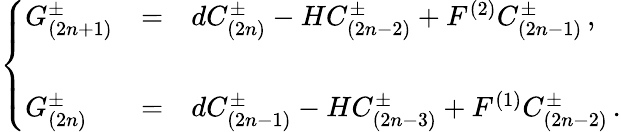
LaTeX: \left\{ \begin{array}{lcl}{{G_{(2n+1)}^{\pm}}}&{{=}}&{{dC_{(2n)}^{\pm}-HC_{(2n-2)}^{\pm}+F^{(2)}C_{(2n-1)}^{\pm}\, ,}}\\ {{}}&{{}}&{{}}\\ {{G_{(2n)}^{\pm}}}&{{=}}&{{dC_{(2n-1)}^{\pm}-HC_{(2n-3)}^{\pm}+F^{(1)}C_{(2n-2)}^{\pm}\, .}}\end{array}\right.